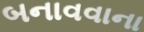
બનાવવાના